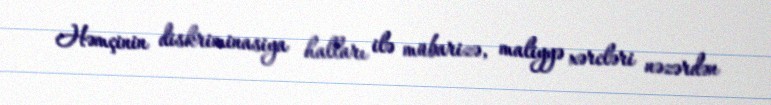
Həmçinin diskriminasiya halları ilə mübarizə, maliyyə xərcləri nəzərdən